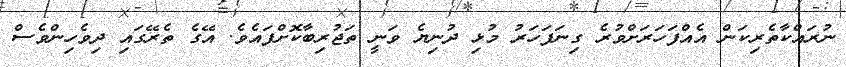
ނުރައްކާތެރިކަން އެއްފަހަރަށްވުރެ ގިނަފަހަރު މުޅި ދުނިޔެ ވަނީ ތަޖުރިބާކޮށްފައެވެ. އޭގެ ތެރޭގައި ދިވެހިންވެސް